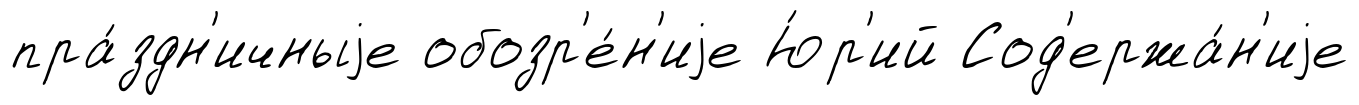
пра́здн'ичныjе обозр'е́н'иjе Ю́р'ий Сод'ержа́н'иjе